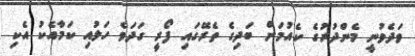
ވަދެވުނީ މެންދުރުގެ ކެއުމަށް ބަދިގެ ތެރޭގައި ފޯރީ ގަދަވެ ހަލުއި ކަމާއެކު އެކި